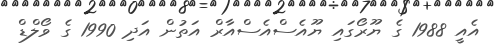
އެއީ 1988 ގެ ޔޫރޯގައި ޔޫއެސްއެސްއާރް އަތުން އަދި 1990 ގެ ވޯލްޑް